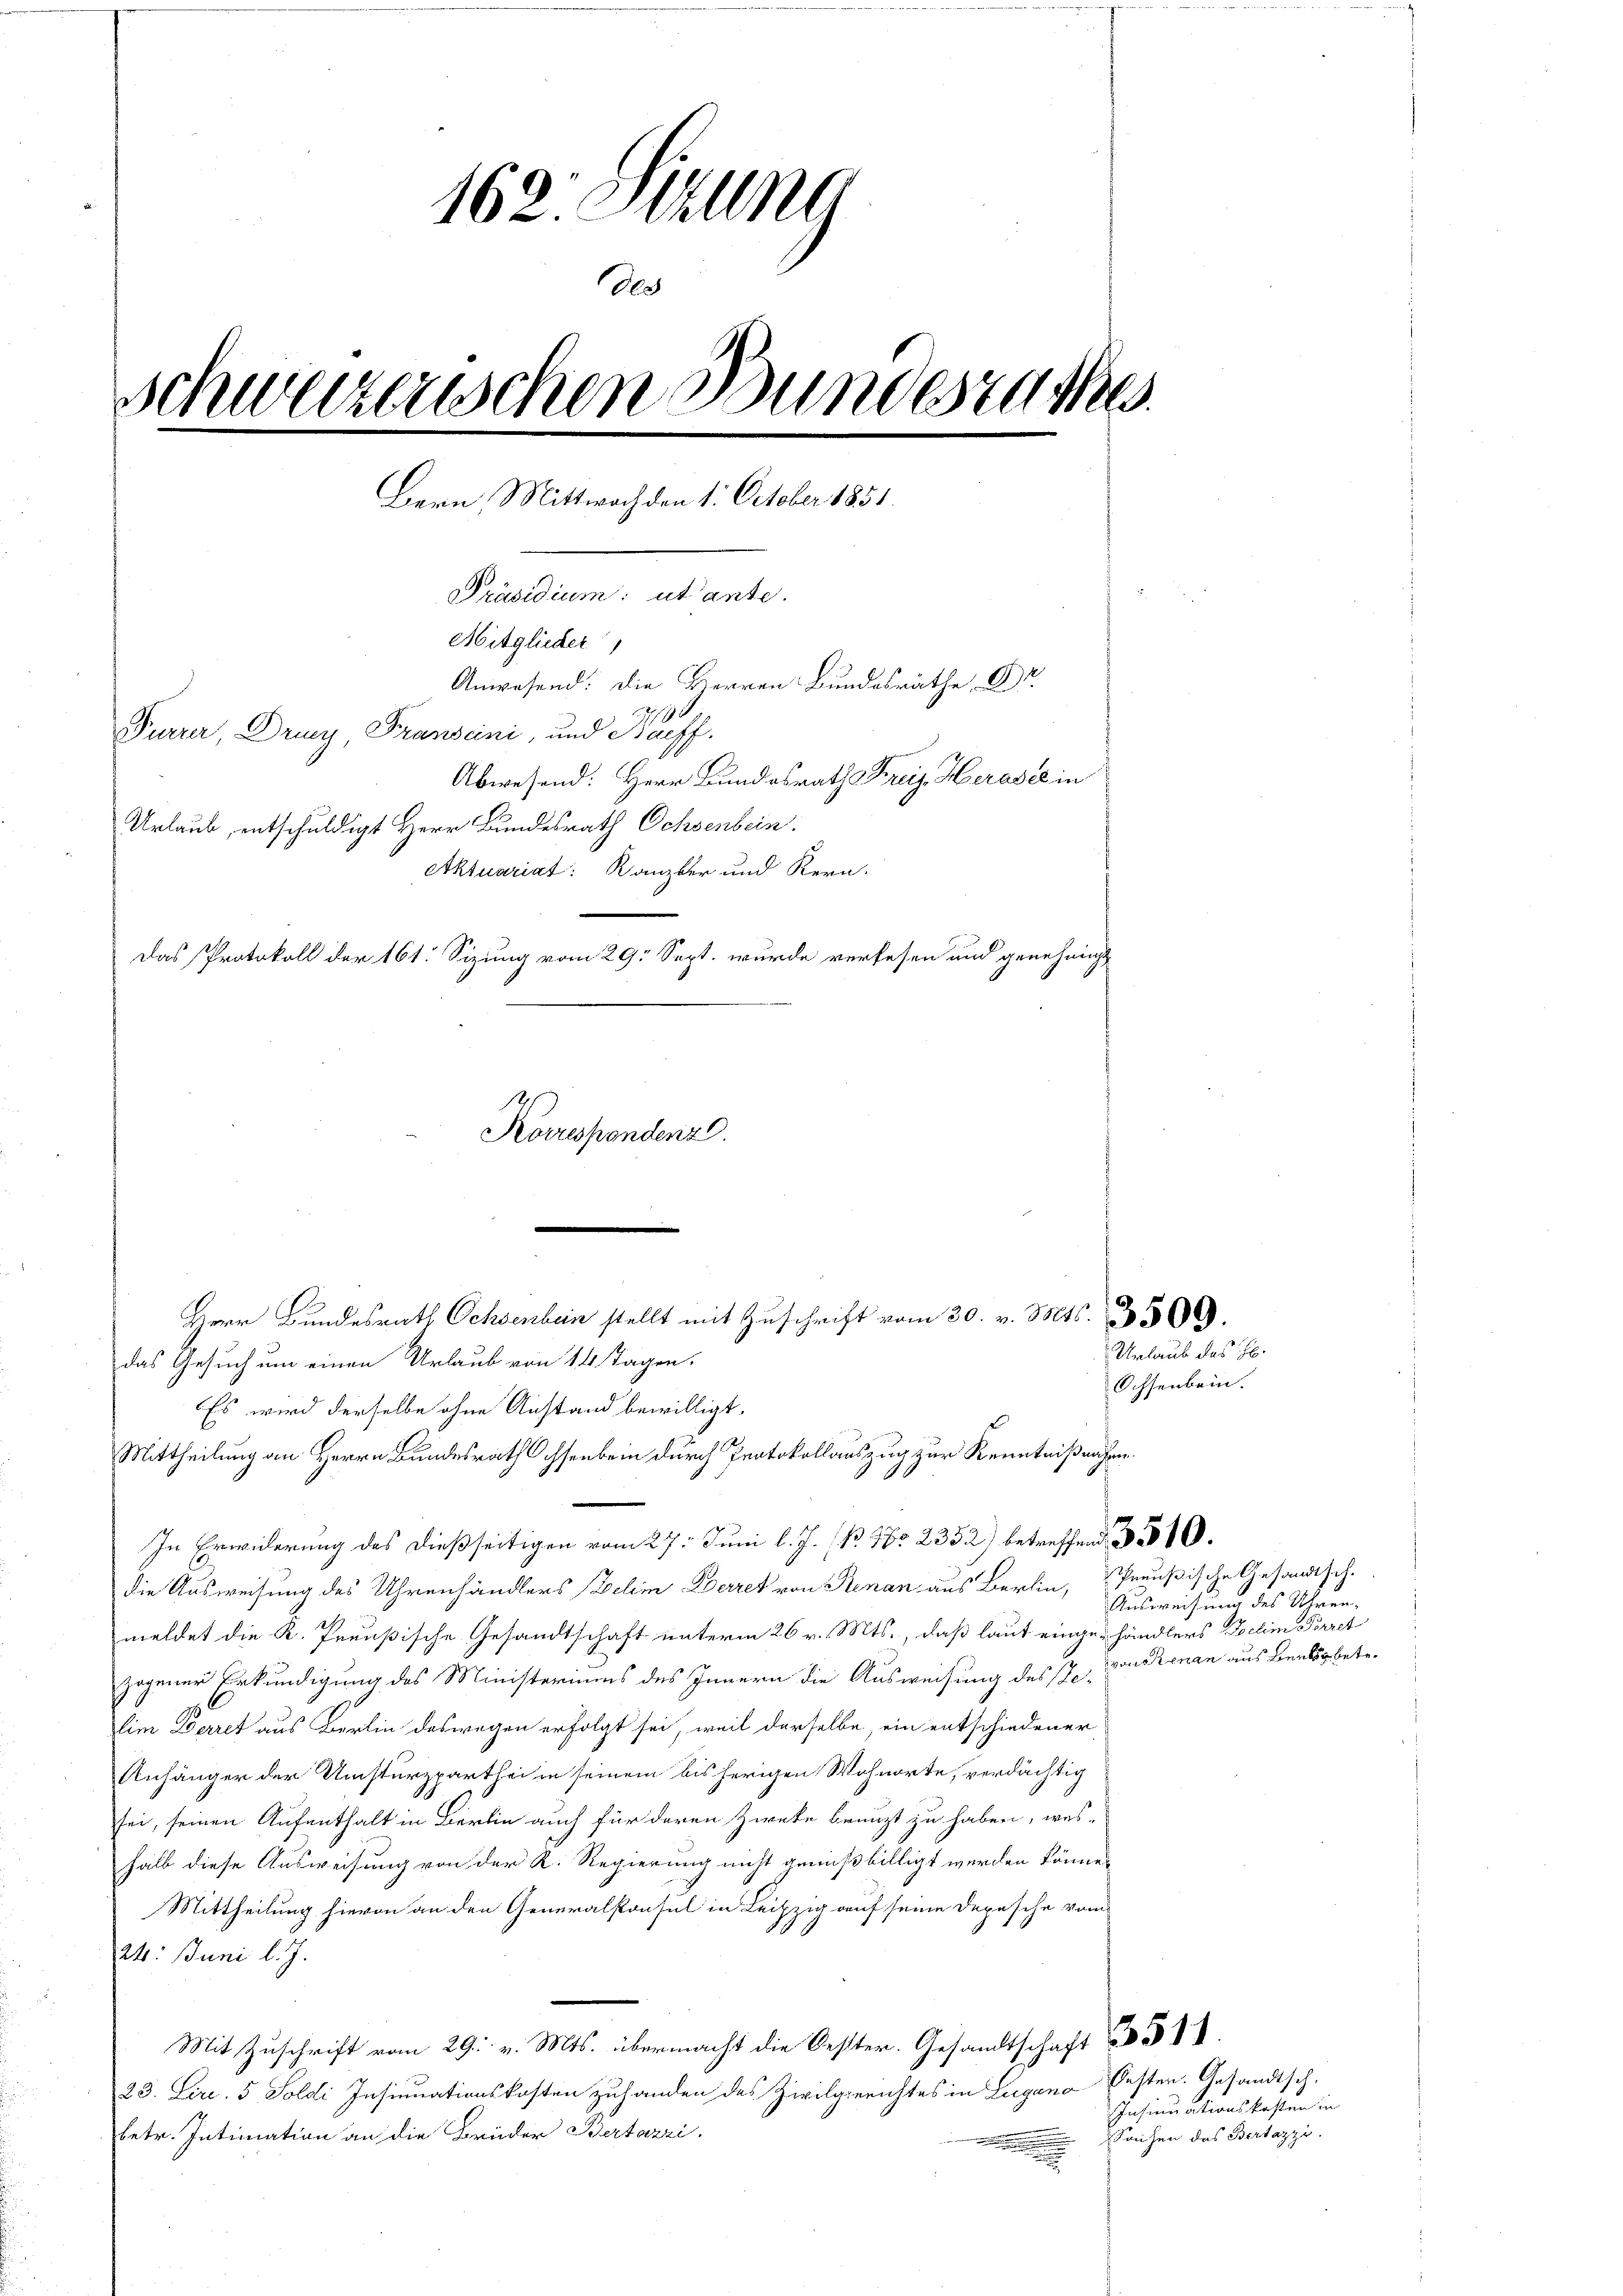
162. Illna
de
Schweizerischen Bundesrathes
Bern, Mittwoch den 1. October 1851.
Präsidium: utante.
Mitglieder
Anwesen die Herr Bundesr
Furrer, Druny, Franscini, und Bacff.
Abwesend: Herr Bundesrath Kreis, Herose in
Urlaub, entschuldigt Herr Bundesrath Ochsenbein.
Aktuariat: Kanzler und Kern.
Das Protokoll der 161. Sizung vom 29. Sept. wurde verlesen und genehmigt
Korrespondenz.

das Gesuch um einen Urlaub von 14 Tagen.
Es wird derselbe ohne Anstand bewilligt.
In Erwiderung des dießseitigen vom 27. Juni l. J. P. Nr. 2352) betreffend
die Ausweisung des Uhrenhändlers Belein Berret von Stenan aus Berlin, Preußische Gesandtsch-
meldet die K. Preußische Gesandtschaft unterm 26. v. Mts., daß laut eingehändlers Dochim Pirret
zogener Erkundigung des Ministeriums des Innern die Ausweisung des Pelim Derret aus Berlin deswegen erfolgt sei, weil derselbe, ein entschiedener
Anhänger der Umsturzparthei in seinem bisherigen Wohnorte, verdächtig
sei, seinen Aufenthalt in Berlin auch für deren Zirke brauzt zu haben, wes-
halb diese Ausweisung von der R. Regierung nicht genußbilligt werden könne.
Mittheilung hievon an den Generalkonsul in Leipzig auf seine Depesche vom
24. Juni l. J.
Mit Zuschrift vom 29. v. Mts. übermacht die Oester. Gesandtschaft
23. Liri, 5 Soldi Insinuationskosten zuhanden des Zivilgerichtes in Lugano bester. Gesandtsch.
betr. Intimation an die Brüder Bertazzi.
n

Herr Bundesrath Ochsenbein stellt mit Zŭschrift vom 20. v. Mts. 3500.
Mittheilung an Herrn Bundesrath Ochsenbein durch Protokollauszug zur Kenntnißnahm

Urlaub des H.
Ochsenbein.

Ausweisung des Uhren.
 Prenan aus Bengbetr.

Insinuationskosten in
Saichen das Bertazzi.